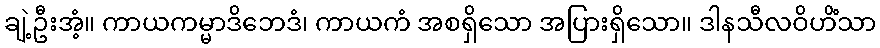
ချဲ့ဦးအံ့။ ကာယကမ္မာဒိဘေဒံ၊ ကာယကံ အစရှိသော အပြားရှိသော။ ဒါနသီလဝိဟိံသာ